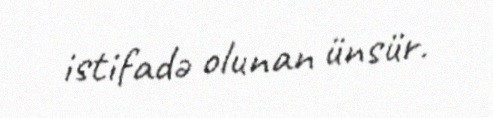
istifadə olunan ünsür.